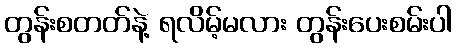
တွန်းစတတ်နဲ့ ရလိမ့်မလား တွန်းပေးစမ်းပါ